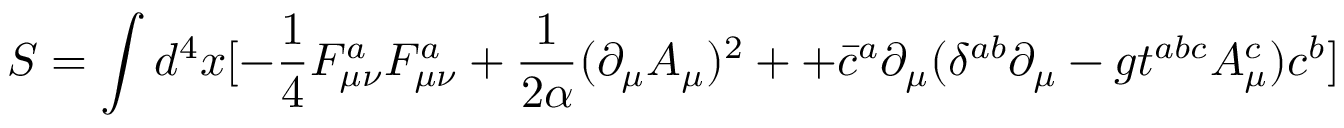
S = \int d ^ { 4 } x [ - \frac { 1 } { 4 } F _ { \mu \nu } ^ { a } F _ { \mu \nu } ^ { a } + \frac { 1 } { 2 \alpha } ( \partial _ { \mu } A _ { \mu } ) ^ { 2 } + + \bar { c } ^ { a } \partial _ { \mu } ( \delta ^ { a b } \partial _ { \mu } - g t ^ { a b c } A _ { \mu } ^ { c } ) c ^ { b } ]